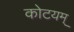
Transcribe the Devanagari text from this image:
कोटयम्